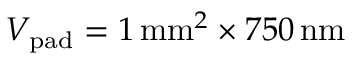
V _ { \mathrm { p a d } } = 1 \, \mathrm { m m } ^ { 2 } \times 7 5 0 \, \mathrm { n m }